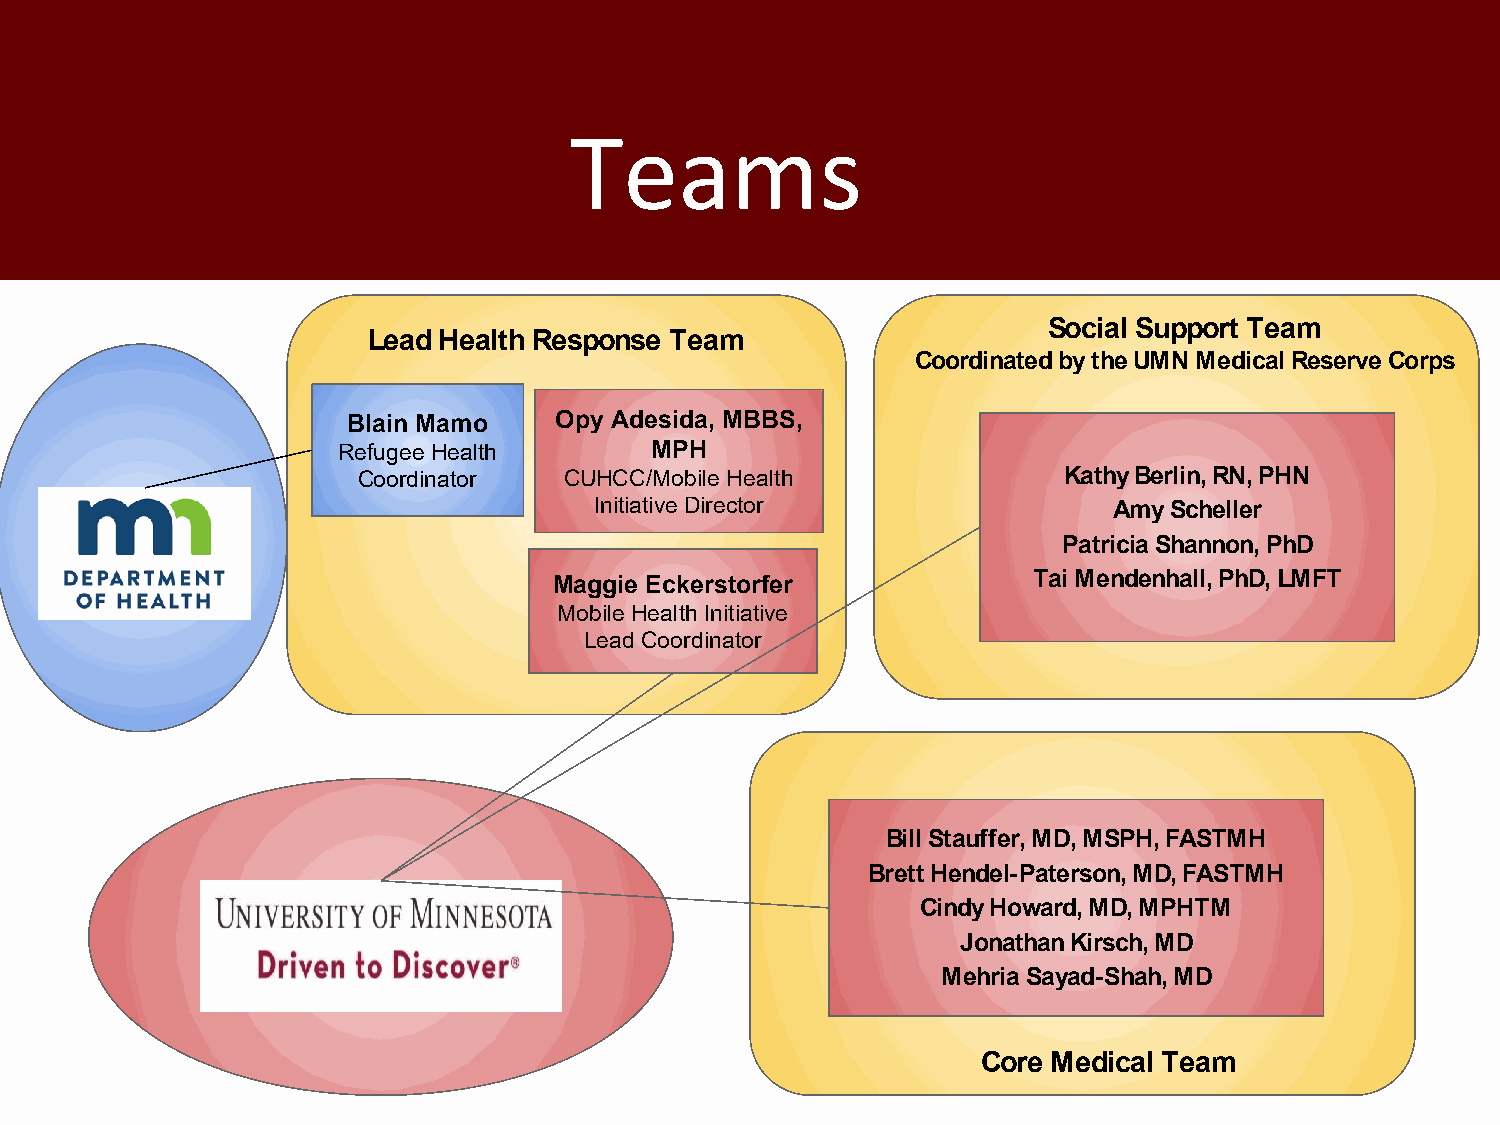
Teams
 Social Support Team
 Lead Health Response Team
 Coordinated by the UMN Medical Reserve Corps
 Blain Mamo    Opy Adesida, MBBS,
 Refugee Health       MPH
 Coordinator  CUHCC/Mobile Health              Kathy Berlin, RN, PHN
 Initiative Director                Amy Scheller
 Patricia Shannon, PhD
 Maggie Eckerstorfer            Tai Mendenhall, PhD, LMFT
 Mobile Health Initiative
 Lead Coordinator
 Bill Stauffer, MD, MSPH, FASTMH
 Brett Hendel-Paterson, MD, FASTMH
 Cindy Howard, MD, MPHTM
 Jonathan Kirsch, MD
 Mehria Sayad-Shah, MD
 Core Medical Team